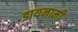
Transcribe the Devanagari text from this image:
डायनामी